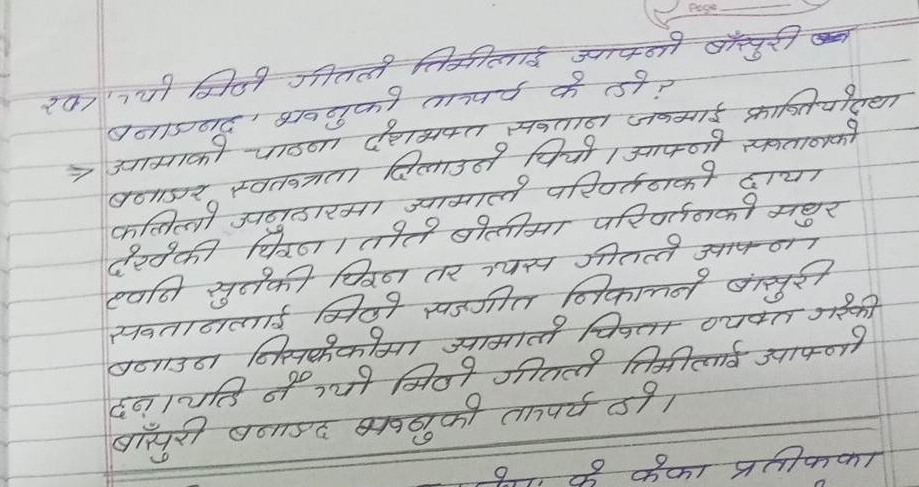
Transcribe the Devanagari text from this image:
रखा गयो मिठो गीतले तिमीलाई आफ्नो बाँसुरी ब
बनाजबाद भवनुको तात्पर्य के हो?
> आमाको पाठना देशभक्त सवतान जकमाई क्रान्तियोद्‌धा
बनाएर स्वतन्त्रता दिलाउने चियो । आफ्नो सकतानको
कलिलो अनुहारमा ज्यामाले परिवर्तनको दाया
देखेकी चिरण। तोते बोलीमा परिवर्तनको मथुर
ध्वनि सुनेकी चिरण तर त्यस गीतत्ते आपणा
सवतानलाई मिठो सङ्गीत निकालने बांसुरी
बनाउन निसकेकोमा ज्यामाले चिकता व्यक्त गरेकी
दना यहि नै ग्यो मिठो गीतले तिमीलाई आफ्नो
बाँसुरी बनाउछ भानुको तमपर्य हो ।